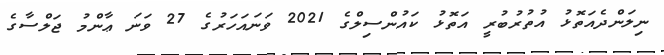
ނިލަންދެއަތޮޅު އުތުރުބުރީ އަތޮޅު ކައުންސިލްގެ 2021 ވަނައަހަރުގެ 27 ވަނަ ޢާންމު ޖަލްސާގެ